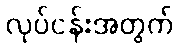
လုပ်ငန်းအတွက်